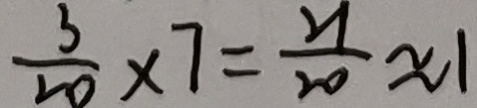
\frac { 3 } { 2 0 } \times 7 = \frac { 2 1 } { 2 0 } \approx 1